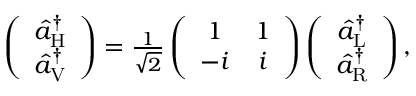
\begin{array} { r } { \left( \begin{array} { c } { \hat { a } _ { \mathrm { H } } ^ { \dagger } } \\ { \hat { a } _ { \mathrm { V } } ^ { \dagger } } \end{array} \right) = \frac { 1 } { \sqrt { 2 } } \left( \begin{array} { c c } { 1 } & { 1 } \\ { - i } & { i } \end{array} \right) \left( \begin{array} { c } { \hat { a } _ { \mathrm { L } } ^ { \dagger } } \\ { \hat { a } _ { \mathrm { R } } ^ { \dagger } } \end{array} \right) , } \end{array}